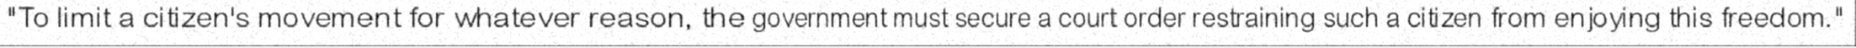
"To limit a citizen's movement for whatever reason, the government must secure a court order restraining such a citizen from enjoying this freedom."